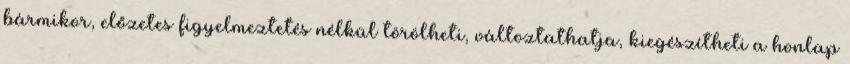
bármikor, előzetes figyelmeztetés nélkül törölheti, változtathatja, kiegészítheti a honlap